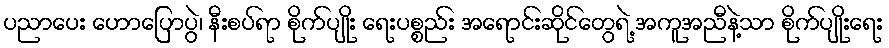
ပညာပေး ဟောပြောပွဲ၊ နီးစပ်ရာ စိုက်ပျိုး ရေးပစ္စည်း အရောင်းဆိုင်တွေရဲ့ အကူအညီနဲ့သာ စိုက်ပျိုးရေး